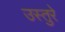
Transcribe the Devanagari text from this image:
उस्तुरे